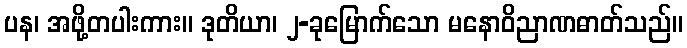
ပန၊ အဖို့တပါးကား။ ဒုတိယာ၊ ၂-ခုမြောက်သော မနောဝိညာဏဓာတ်သည်။